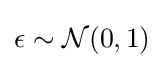
\epsilon \sim {\mathcal {N}}(0,1)